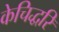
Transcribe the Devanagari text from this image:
केचिद्धरिं